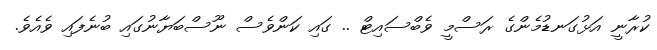
ކުރާނީ އަޅުގަނޑުމެންގެ ރަސްމީ ވެބްސައިޓް .. ގައި ކަންވެސް ނޫސްބަޔާނުގައި ބުނެފައި ވެއެވެ.